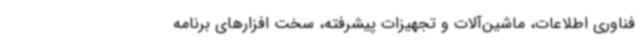
فناوری اطلاعات، ماشین‌آلات و تجهیزات پیشرفته، سخت افزارهای برنامه